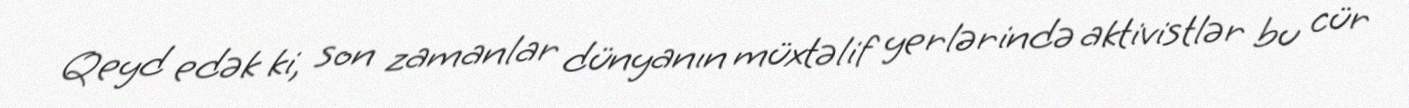
Qeyd edək ki, son zamanlar dünyanın müxtəlif yerlərində aktivistlər bu cür